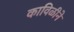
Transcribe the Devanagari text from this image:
काविळीने